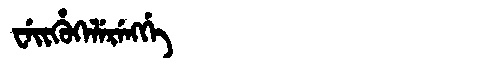
Manchu: ᠸᡝᡳᡥᡠᡴᡝᠯᡝᡵᡝᠩᡤᡝ
Romanization: WEIHUKELERENGGE